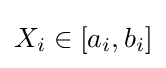
X_{i}\in [a_{i},b_{i}]